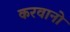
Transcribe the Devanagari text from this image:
करवानो